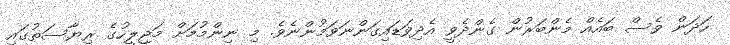
ހަދަން ވެސް ބައެއް މެންބަރުން ގެންދެވީ އެދިވަޑައިގަންނަވަމުންނެވެ. މި ނިންމުމަށް މަޖިލީހުގެ ރިޔާސަތުގައި